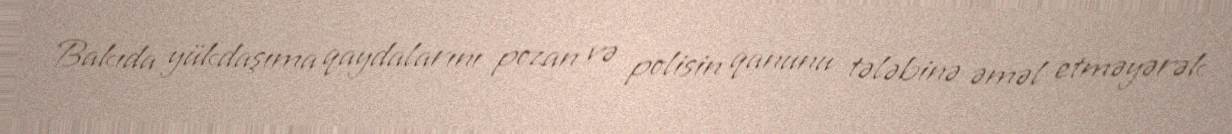
Bakıda yükdaşıma qaydalarını pozan və polisin qanunu tələbinə əməl etməyərək